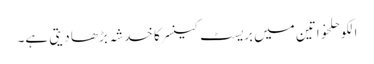
الکوحلخواتین میں بریسٹ کینسر کا خدشہ بڑھا دیتی ہے۔